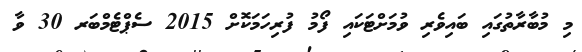
މި މުބާރާތުގައި ބައިވެރި ވުމަށްޓަކައި ފޯމު ފުރިހަމަކޮށް 2015 ސެޕްޓެމްބަރ 30 ވާ